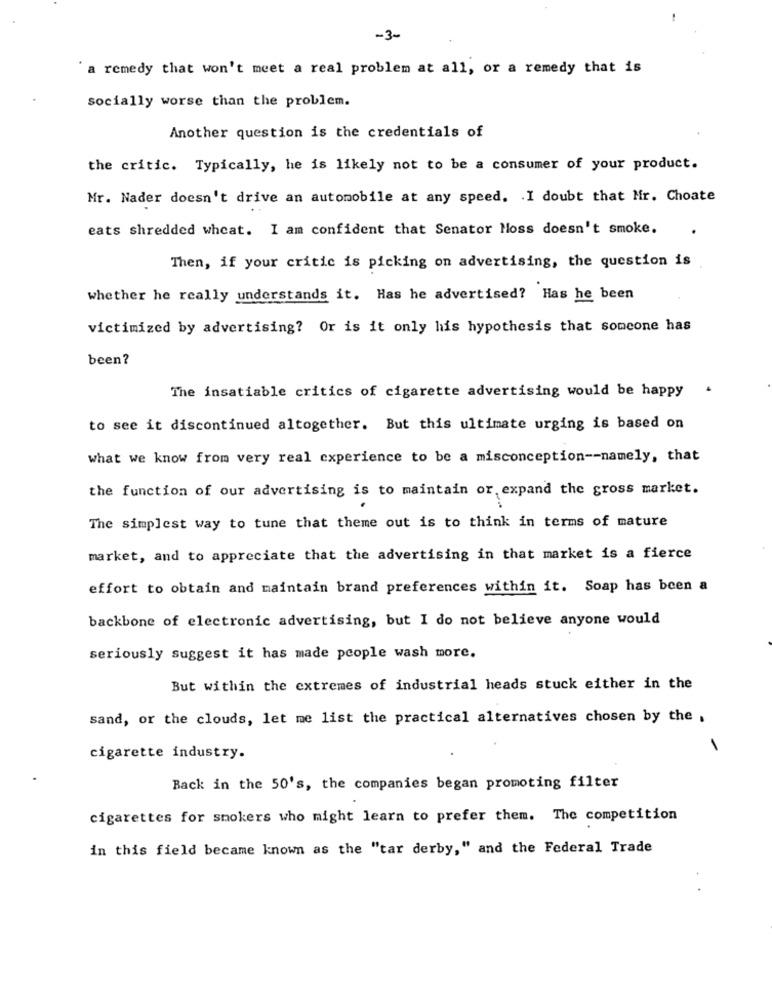
-3-
remedy that won't meet a real problem at all, or a remedy that is
socially worse than the problem.
Another question is the credentials of
the critic. Typically, he is likely not to be a consumer of your product.
Mr. Nader doesn't drive an automobile at any speed. . I doubt that Mr. Choate
eats shredded wheat. I am confident that Senator Moss doesn't smoke.
Then, if your critic is picking on advertising, the question is
whether he really understands it. Has he advertised? Has he been
victimized by advertising? Or is it only his hypothesis that someone has
been?
The insatiable critics of cigarette advertising would be happy
to see it discontinued altogether. But this ultimate urging is based on
what we know from very real experience to be a misconception -- namely, that
the function of our advertising is to maintain or, expand the gross market.
The simplest way to tune that theme out is to think in terms of mature
market, and to appreciate that the advertising in that market is a fierce
effort to obtain and maintain brand preferences within it. Soap has been a
backbone of electronic advertising, but I do not believe anyone would
seriously suggest it has made people wash more.
But within the extremes of industrial heads stuck either in the
sand, or the clouds, let me list the practical alternatives chosen by the ,
cigarette industry.
Back in the 50's, the companies began promoting filter
cigarettes for smokers who might learn to prefer them. The competition
in this field became known as the "tar derby," and the Federal Trade